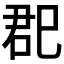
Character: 𰏏